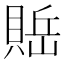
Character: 𰷇